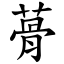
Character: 蓇